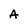
Character: A